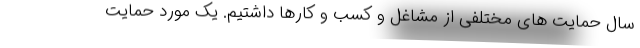
سال حمایت های مختلفی از مشاغل و کسب و کارها داشتیم. یک مورد حمایت